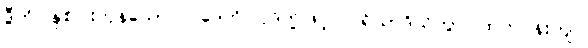
ဒွီဟိ၊ နှစ်ပါးကုန်သော။ ပဒေဟိ၊ ပုဒ်တို့ဖြင့်။ ပရိယာဒိယိတွာ၊ ထက်ဝန်းကျင်